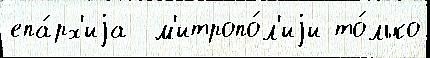
епа́рх'иjа  м'итропо́л'иjи то́лько